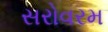
સરોવરમ